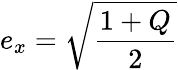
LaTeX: e_{x}={\sqrt{\frac{1+Q}{2}}}